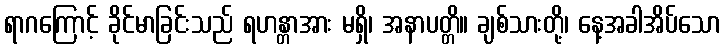
ရာဂကြောင့် ခိုင်မာခြင်းသည် ရဟန္တာအား မရှိ၊ အနာပတ္တိ။ ချစ်သားတို့၊ နေ့အခါအိပ်သော